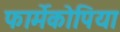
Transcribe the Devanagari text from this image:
फार्मेकोपिया